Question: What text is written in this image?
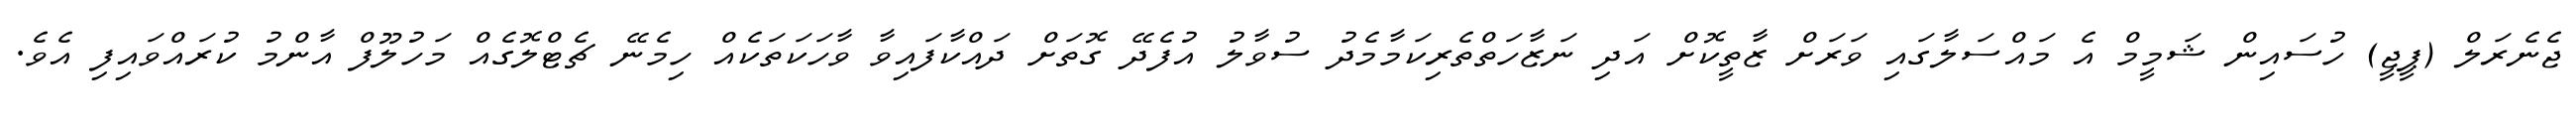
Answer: ޖެނެރަލް (ޕީޖީ) ހުސައިން ޝަމީމް އެ މައްސަލާގައި ވަރަށް ޒާތީކޮށް އަދި ނަޒާހަތްތެރިކަމާމެދު ސުވާލު އުފެދޭ ގޮތަށް ދައްކާފައިވާ ވާހަކަތަކެއް ހިމެނޭ ޗެޓްލޮގެއް މަހުލޫފް އާންމު ކުރައްވައިފި އެވެ.